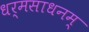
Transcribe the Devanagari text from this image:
धर्मसाधनम्